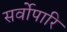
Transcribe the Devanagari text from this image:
सर्वोपारि